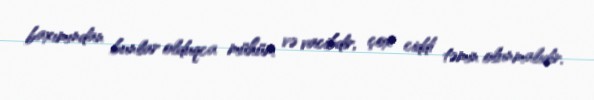
baxımından bunlar olduqca mühüm və vacibdir, çox ciddi təmin olunmalıdır.